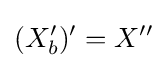
(X'_{b})'=X''